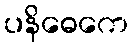
ပနိဓေကေ